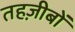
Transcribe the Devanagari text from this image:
तहज़ीबों